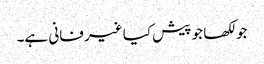
جو لکھا جو پیش کیا غیر فانی ہے۔